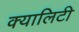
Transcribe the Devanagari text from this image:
क्यालिटी